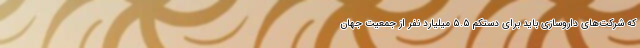
که شرکت‌های داروسازی باید برای دستکم ۵.۵ میلیارد نفر از جمعیت جهان